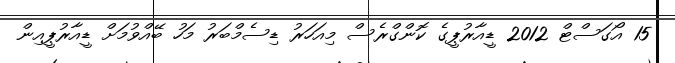
15 އޯގަސްޓް 2012 ޑީއާރުޕީގެ ކޮންގްރެސް މިއަހަރު ޑިސެމްބަރު މަހު ބޭއްވުމަށް ޑީއާރުޕީއިން